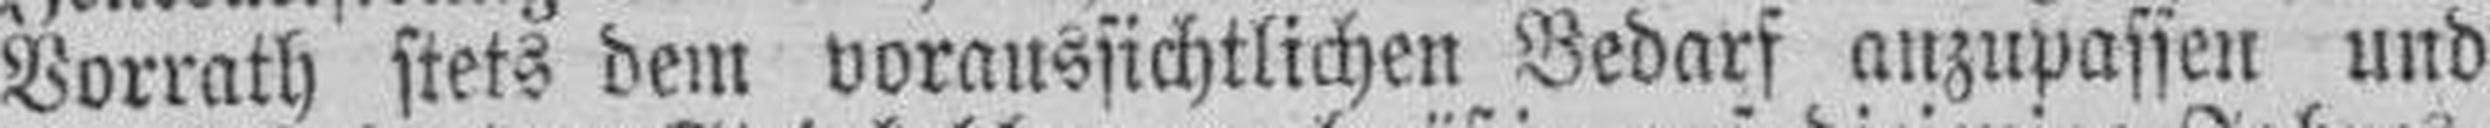
Vorrath stets dem voraussichtlichen Bedarf anzupassen und